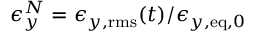
\epsilon _ { y } ^ { N } = \epsilon _ { y , \mathrm { r m s } } ( t ) / \epsilon _ { y , \mathrm { e q } , 0 }